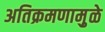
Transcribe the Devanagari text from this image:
अतिक्रमणामु़ळे